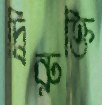
দ্বিরুক্তি